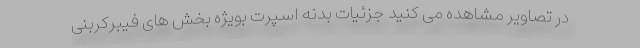
در تصاویر مشاهده می کنید جزئیات بدنه اسپرت بویژه بخش های فیبرکربنی